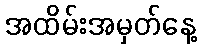
အထိမ်းအမှတ်နေ့